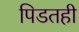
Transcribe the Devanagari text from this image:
पिडतही